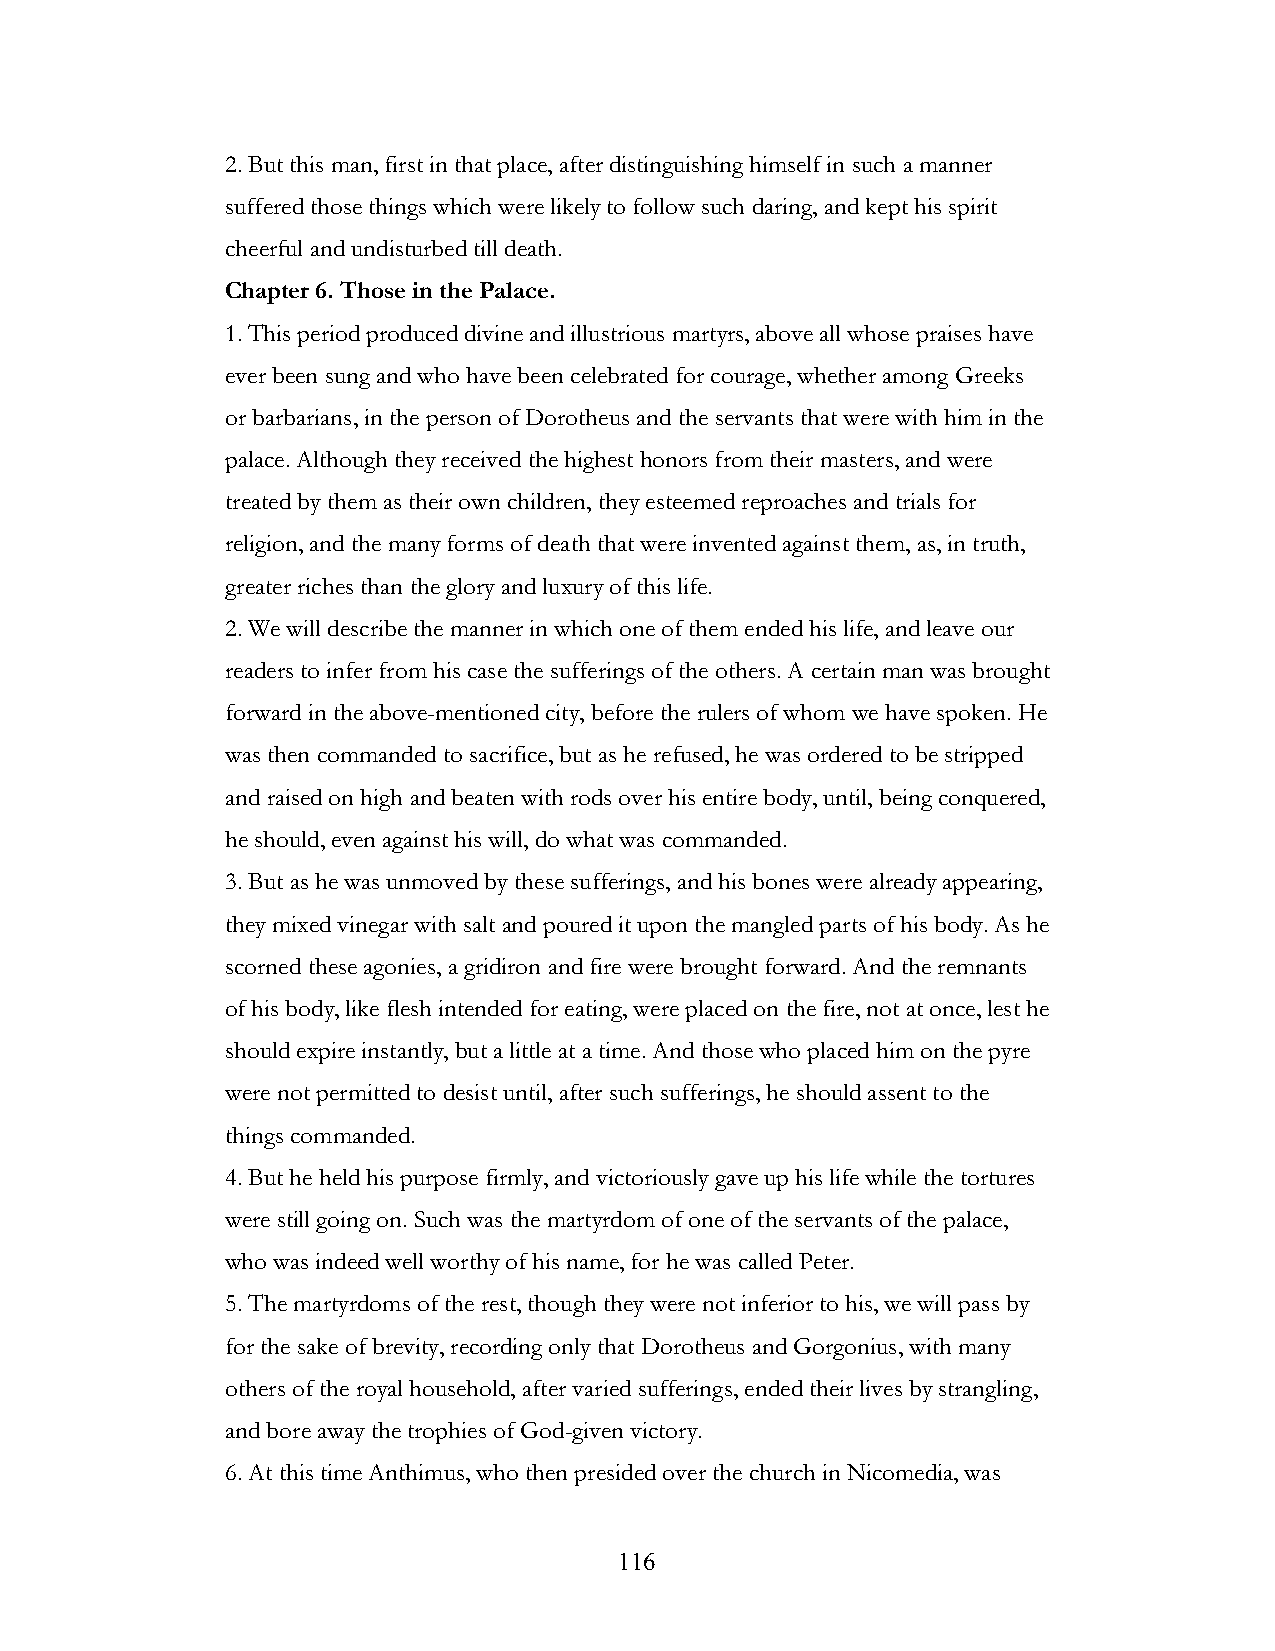
2. But this man, first in that place, after distinguishing himself in such a manner
 suffered those things which were likely to follow such daring, and kept his spirit
 cheerful and undisturbed till death.
 Chapter 6. Those in the Palace.
 1. This period produced divine and illustrious martyrs, above all whose praises have
 ever been sung and who have been celebrated for courage, whether among Greeks
 or barbarians, in the person of Dorotheus and the servants that were with him in the
 palace. Although they received the highest honors from their masters, and were
 treated by them as their own children, they esteemed reproaches and trials for
 religion, and the many forms of death that were invented against them, as, in truth,
 greater riches than the glory and luxury of this life.
 2. We will describe the manner in which one of them ended his life, and leave our
 readers to infer from his case the sufferings of the others. A certain man was brought
 forward in the above-mentioned city, before the rulers of whom we have spoken. He
 was then commanded to sacrifice, but as he refused, he was ordered to be stripped
 and raised on high and beaten with rods over his entire body, until, being conquered,
 he should, even against his will, do what was commanded.
 3. But as he was unmoved by these sufferings, and his bones were already appearing,
 they mixed vinegar with salt and poured it upon the mangled parts of his body. As he
 scorned these agonies, a gridiron and fire were brought forward. And the remnants
 of his body, like flesh intended for eating, were placed on the fire, not at once, lest he
 should expire instantly, but a little at a time. And those who placed him on the pyre
 were not permitted to desist until, after such sufferings, he should assent to the
 things commanded.
 4. But he held his purpose firmly, and victoriously gave up his life while the tortures
 were still going on. Such was the martyrdom of one of the servants of the palace,
 who was indeed well worthy of his name, for he was called Peter.
 5. The martyrdoms of the rest, though they were not inferior to his, we will pass by
 for the sake of brevity, recording only that Dorotheus and Gorgonius, with many
 others of the royal household, after varied sufferings, ended their lives by strangling,
 and bore away the trophies of God-given victory.
 6. At this time Anthimus, who then presided over the church in Nicomedia, was
 !                         116